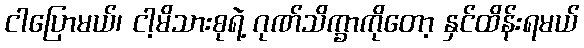
ငါပြောမယ်၊ ငါ့မိသားစုရဲ့ ဂုဏ်သိက္ခာကိုတော့ နှင်ထိန်းရမယ်